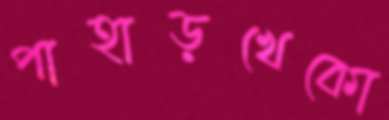
পাহাড়খেকো